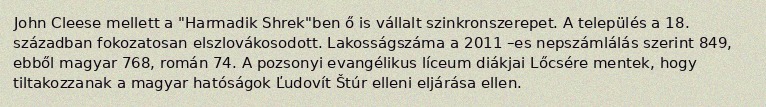
John Cleese mellett a "Harmadik Shrek"ben ő is vállalt szinkronszerepet. A település a 18. században fokozatosan elszlovákosodott. Lakosságszáma a 2011 –es nepszámlálás szerint 849, ebből magyar 768, román 74. A pozsonyi evangélikus líceum diákjai Lőcsére mentek, hogy tiltakozzanak a magyar hatóságok Ľudovít Štúr elleni eljárása ellen.